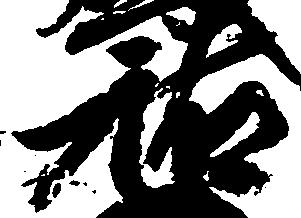
祐